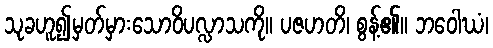
သုခဟူ၍မှတ်မှားသောဝိပလ္လာသကို။ ပဇဟတိ၊ စွန့်၏။ ဘဝေါဃံ၊